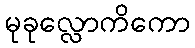
မုခုလ္လောကိကော